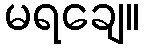
မရချေ။